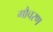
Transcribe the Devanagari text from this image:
गौचरण